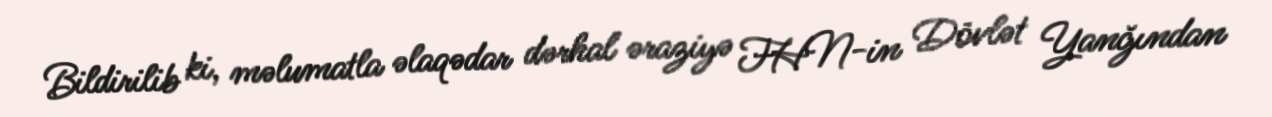
Bildirilib ki, məlumatla əlaqədar dərhal əraziyə FHN-in Dövlət Yanğından